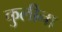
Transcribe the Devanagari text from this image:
कुलीना